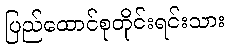
ပြည်ထောင်စုတိုင်းရင်းသား